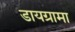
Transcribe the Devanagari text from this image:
डायग्रामा